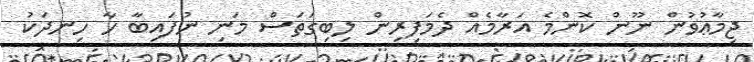
ޖިމާޢުވުން ނޫން ކޮންމެ އަރާމެއް ދެމަފިރިން ލިބިގަތަސް މަނި ނުފައިބާ ހާ ހިނދަކު